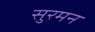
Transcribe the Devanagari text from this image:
सुरमन